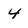
Character: 4